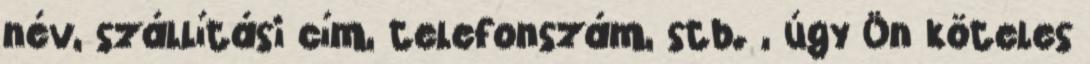
név, szállítási cím, telefonszám, stb. , úgy Ön köteles